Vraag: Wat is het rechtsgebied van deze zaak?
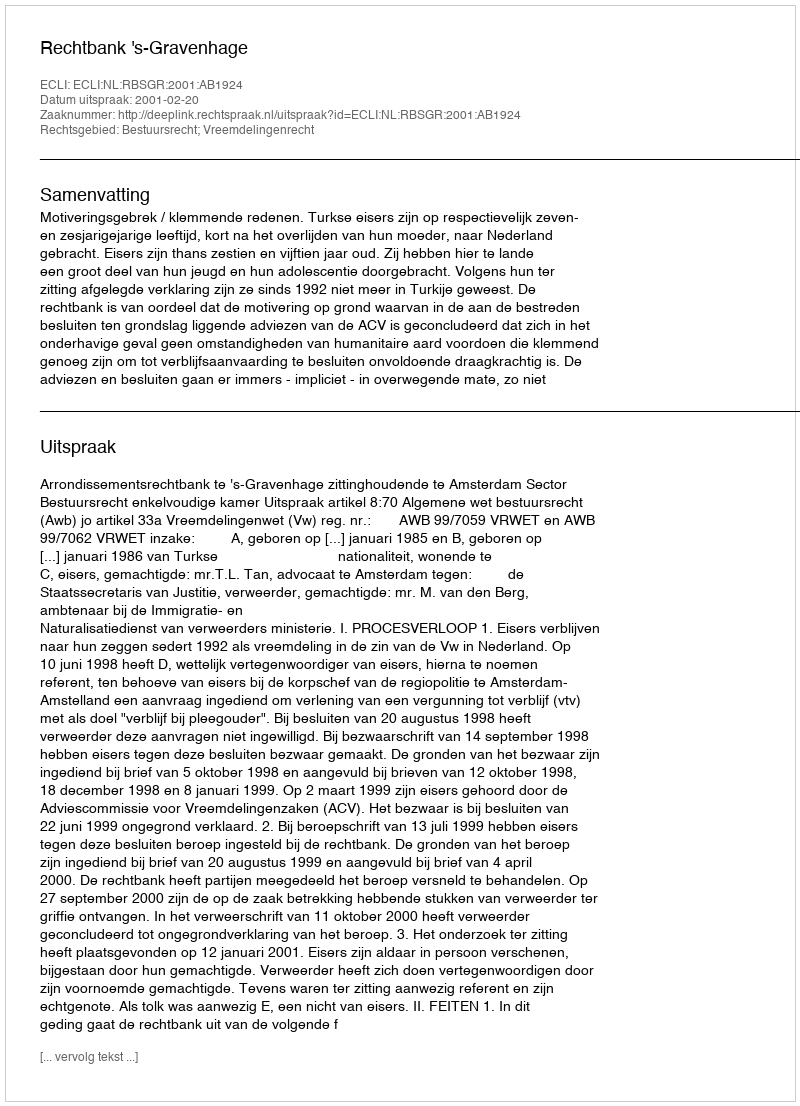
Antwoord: Bestuursrecht; Vreemdelingenrecht